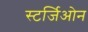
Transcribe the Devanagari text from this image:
स्टर्जिओन